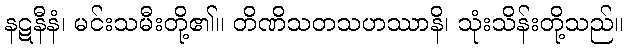
နဋနီနံ၊ မင်းသမီးတို့၏။ တိဏိသတသဟဿာနိ၊ သုံးသိန်းတို့သည်။